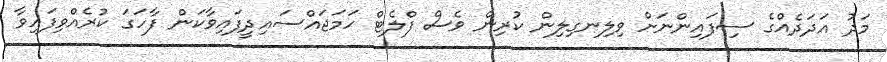
މަދު އަދަދެއްގެ ސިފައިންނަށް ވިލިނގިލިން ކުރިން ވެސް ފްލެޓް ހަމަޖައްސައިދީފައިވާކަން ފާހަގަ ކުރެއްވިފައިވާ